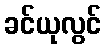
ခင်ယုလွင်